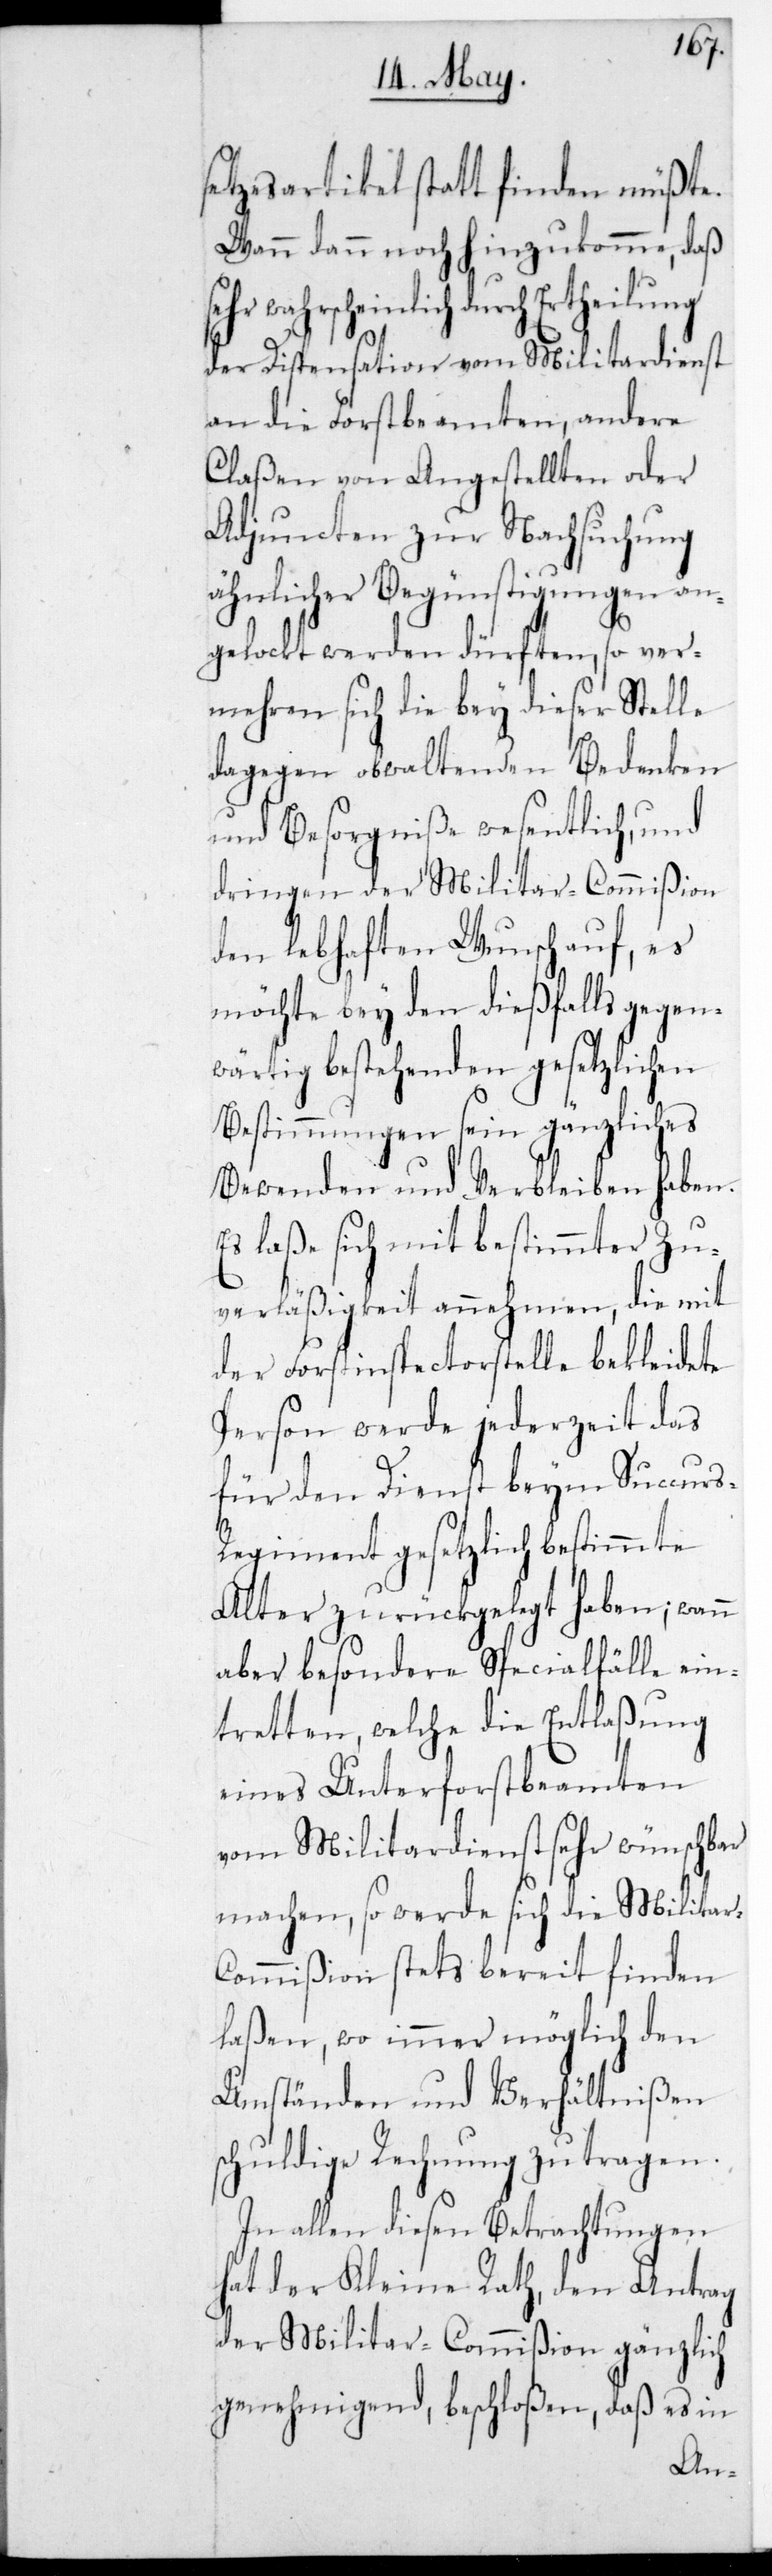
setzesartikel statt finden müßte.
Wann dann noch hinzukomme, daß
wahrscheinlich durch Ertheilung
der Dispensation vom Militärdienst
an die Forstbeamten, andere
Claßen von Angestellten oder
Adjuncten zur Nachsuchung
ähnlicher Begünstigungen an¬
gelockt werden dürften, so ver¬
mehren sich die bey dieser Stelle
dagegen obwaltenden Bedenken
und Besorgniße wesentlich, und
dringen der Militar-Commißion
den lebhaften Wunsch auf, es
möchte bey den diesfallls gegen¬
wärtig bestehenden gesetzlichen
Bestimmungen sein gänzliches
Bewenden und Verbleiben haben.
Es laße sich mit bestimmter Zu¬
verläßigkeit annehmen, die mit
der Forstinspectorstelle bekleidete
Person werde jederzeit das
für den Dienst beym Succur¬
s-Regiment gesetzlich bestimmte
Alter zurückgelegt haben;
aber besondere Spezialfälle ein¬
tretten, welche die Entlaßung
eines Unterforstbeamten
vom Militärdienst sehr wünschbar
machen, so werde sich die Militar-C¬
ommißion stets bereit finden
laßen, wo immer möglich den
Umständen und Verhältnißen
schuldige Rechnung zu tragen.
In allen diesen Betrachtungen
hat der Kleine Rath den Antrag
der Militar-Commißion gänzlich
genehmigend, beschloßen, daß es in
sehr¬